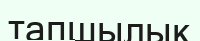
тапшылық